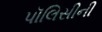
પૉલિસીની